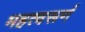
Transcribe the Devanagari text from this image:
महत्वरूर्ण